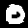
Label: 0